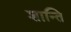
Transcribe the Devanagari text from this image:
शान्‍ति